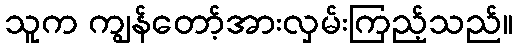
သူက ကျွန်တော့်အားလှမ်းကြည့်သည်။